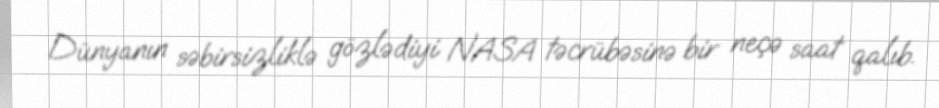
Dünyanın səbirsizliklə gözlədiyi NASA təcrübəsinə bir neçə saat qalıb.